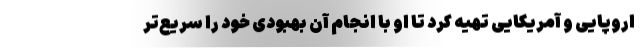
اروپایی و آمریکایی تهیه کرد تا او با انجام آن بهبودی خود را سریع‌تر